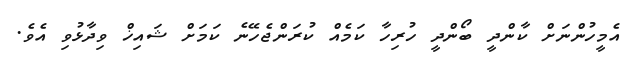
އެމީހުންނަށް ކާންދީ ބޯންދީ ހުރިހާ ކަމެއް ކުރަންޖެހޭނެ ކަމަށް ޝައިޚް ވިދާޅުވި އެވެ.